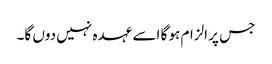
جس پر الزام ہو گا اسے عہدہ نہیں دوں گا۔